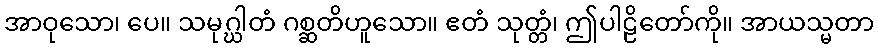
အာဝုသော၊ ပေ။ သမုဂ္ဃါတံ ဂစ္ဆတိဟူသော။ ဧတံ သုတ္တံ၊ ဤပါဠိတော်ကို။ အာယသ္မတာ